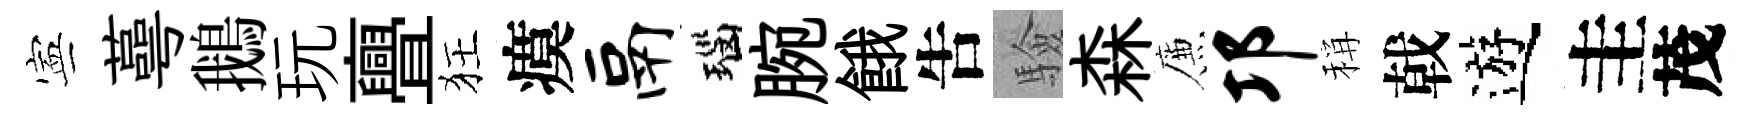
寕蕚鵝玩亹狂瘼鬲瑙腕餓吿驗森簾邛稱戟遊圭茂